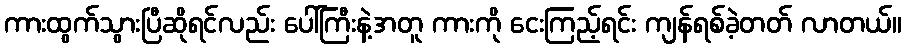
ကားထွက်သွားပြီဆိုရင်လည်း ပေါ်ကြီးနဲ့အတူ ကားကို ငေးကြည့်ရင်း ကျန်ရစ်ခဲ့တတ် လာတယ်။